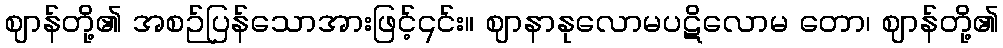
ဈာန်တို့၏ အစဉ်ပြန်သောအားဖြင့်၎င်း။ ဈာနာနုလောမပဋိလောမ တော၊ ဈာန်တို့၏